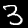
Label: 3